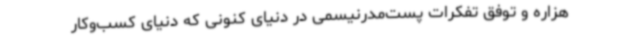
هزاره و توفق تفکرات پست‌مدرنیسمی در دنیای کنونی که دنیای کسب‌وکار